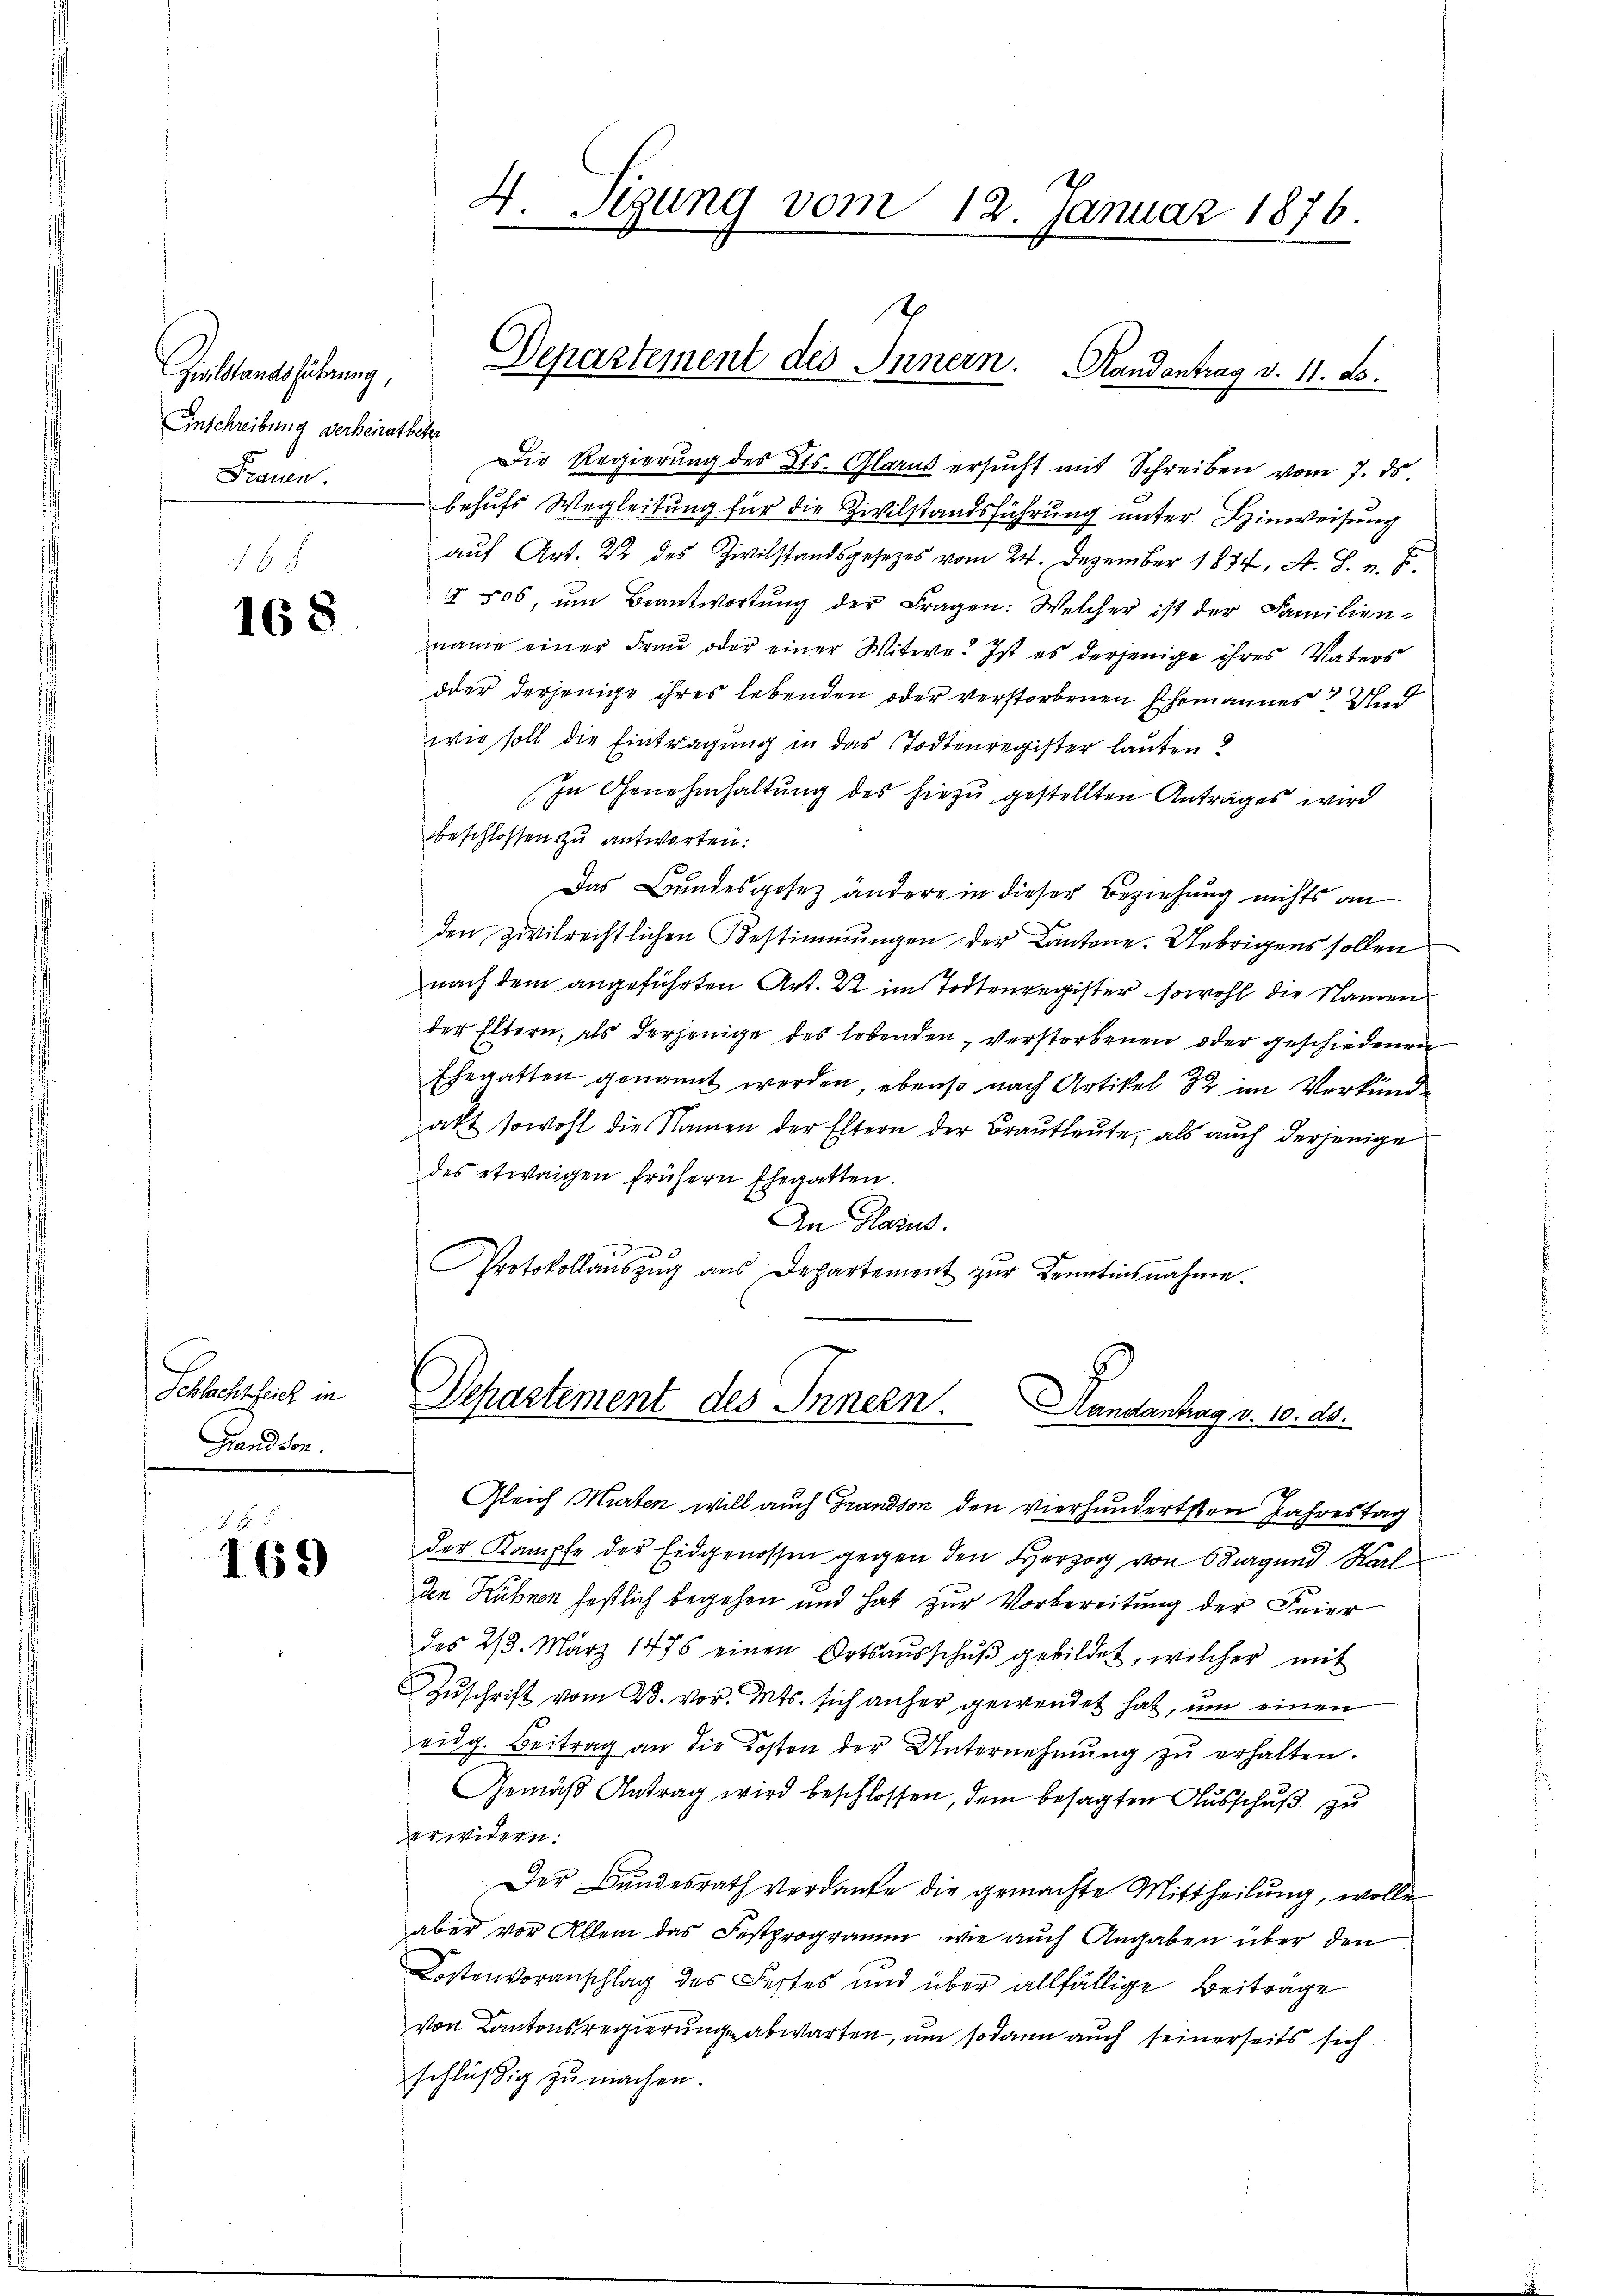
Zivilstandsführung,
Einschreibung verheiratheter

168

Schlachtzeich in
Grandson.

169

Die Regierung des Cts. Glarus ersucht mit Schreiben vom 7. ds.
Frauen behŭfs Wegleitŭng für die Zivilstandsführŭng ŭnter Hinweisung
auf Art. 22 des Zivilstandsgesetzes vom 24. Dezember 1874, A. S. n. F.
 506, ŭm Beantwortŭng der Fragen: Welcher ist der Familien-
name einer Frau oder einer Witwe. Ist es derjenige ihres Vaters
dder derjenige ihres lebenden oder verstorbenen Ehemannes und
wie soll die Eintragung in das Todtenregister lauten?
In Genehmhaltung des hiezu gestellten Antrages wird
beschlossen zu antworten.
Das Bandesgesez andere in dieser Beziehung nichts an
den zivilrechtlichen Bestimmungen der Cantone. Uebrigens sollen
nach dem angeführten Art. 22 im Todtenregister sowohl die Namen
der Eltern, als derjenige des lebenden, verstorbenen oder geschiedenen
Ehegatten genannt werden, ebenso nach Artikel 8 im Verkunde
akt sowohl die Namen der Eltern der Braŭtleŭte, als auch derjenige
des etwaigen frühern Ehegatten.
An Glarus.
3
Protokollaŭszŭg aŭs Departement zŭr Kenntinsnahme.

4. Sigung vom 12. Januar 1876.

t
Departement des Innern. Handantrag d. 11. ds.

Departement des Innern.
Handantrag v. 10. ds.

Gleich Murten will auch Grandson den vierhundertsten Jahrestag
der Kampfe der Eidgenossen gegen den Herzog von Odig und Karl
den Hühnen festlich begehen und hat zur Vorbereitung der Feier
des 23. März 1776 einen Ortsaŭsschŭβ gebildet, welcher mit
Zŭschrift vom 23. vor. Mts. sich anher gewendet hat, um einen
eidg. Beitrag an die Kosten der Unternehmŭng zŭ erhalten.
Gemäß Antrag wird beschlossen, dem besagten Ausschuß zu
erwidern:
Der Bundesrath verdanke die gemachte Mittheilung, wolle
aber vor Allem das Festprogramm, wie auch Angaben über den
Kostenvoranschlag des Festes und über allfällige Beitrage
von Kantonsregierung abwarten, um sodann auch seinerseits sich
schlüßig zu machen.